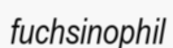
fuchsinophil